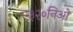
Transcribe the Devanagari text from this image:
ए३२०निओ